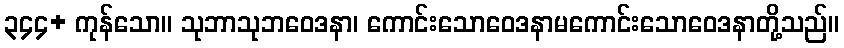
၃၄၄+ ကုန်သော။ သုဘာသုဘဝေဒနာ၊ ကောင်းသောဝေဒနာမကောင်းသောဝေဒနာတို့သည်။